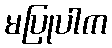
မပြုပါက